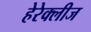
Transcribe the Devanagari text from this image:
हेरेक्लीज